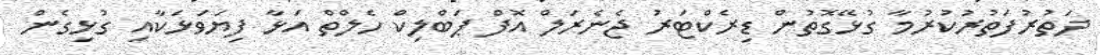
ދަތުރުފަތުރުކުރުމާ ގުޅޭގޮތުން ޑިރެކްޓަރު ޖެނެރަލް އޮފް ޕަބްލިކް ހެލްތް އަޅާ ފިޔަވަޅަކާއި ގުޅިގެން